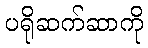
ပရိုဆက်ဆာကို